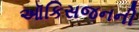
ઑકિસજનની